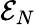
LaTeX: {\cal E}_{N}